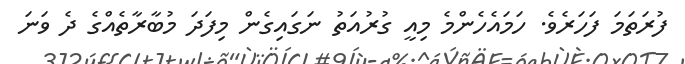
ފުރަތަމަ ފަހަރެވެ. ހަމައެހެންމެ މިއީ ގުރުއަތު ނަގައިގެން މިފަދަ މުބާރާތެއްގެ ދެ ވަނަ